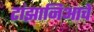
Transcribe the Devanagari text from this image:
टांझानिआचे